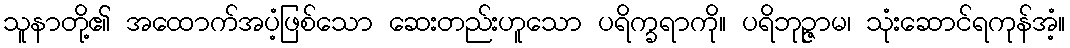
သူနာတို့၏ အထောက်အပံ့ဖြစ်သော ဆေးတည်းဟူသော ပရိက္ခရာကို။ ပရိဘုဉ္ဇာမ၊ သုံးဆောင်ရကုန်အံ့။